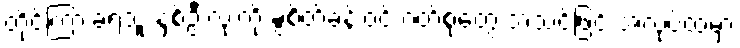
တိုင်ကြားခံရသူ နှစ်ဦးလုံးကို ခွဲစိတ်ခန်းဝင် ဝတ်စုံတွေ အသင့်ဖြင့် အလုပ်ထဲမှာ